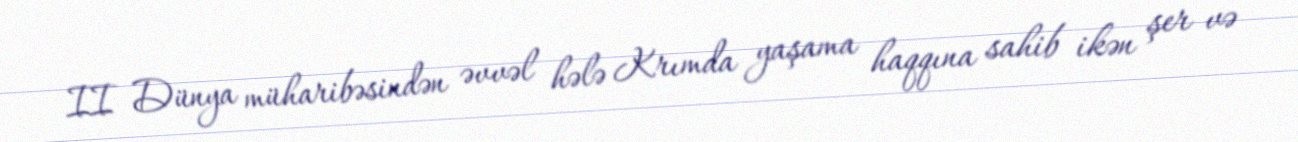
II Dünya müharibəsindən əvvəl hələ Krımda yaşama haqqına sahib ikən şer və